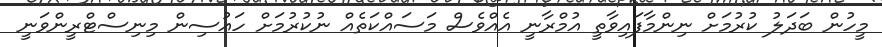
މީހުން ބަދަލު ކުރުމަށް ނިންމާފައިވާތީ އުމްރާނީ އެއްވެސް މަސައްކަތެއް ނުކުރުމަށް ހައުސިން މިނިސްޓްރީންވަނީ